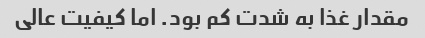
مقدار غذا به شدت کم بود. اما کیفیت عالی